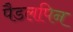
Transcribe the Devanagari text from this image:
पैडलपिन